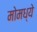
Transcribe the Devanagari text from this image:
मोमध्ये